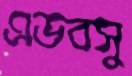
এডবসু